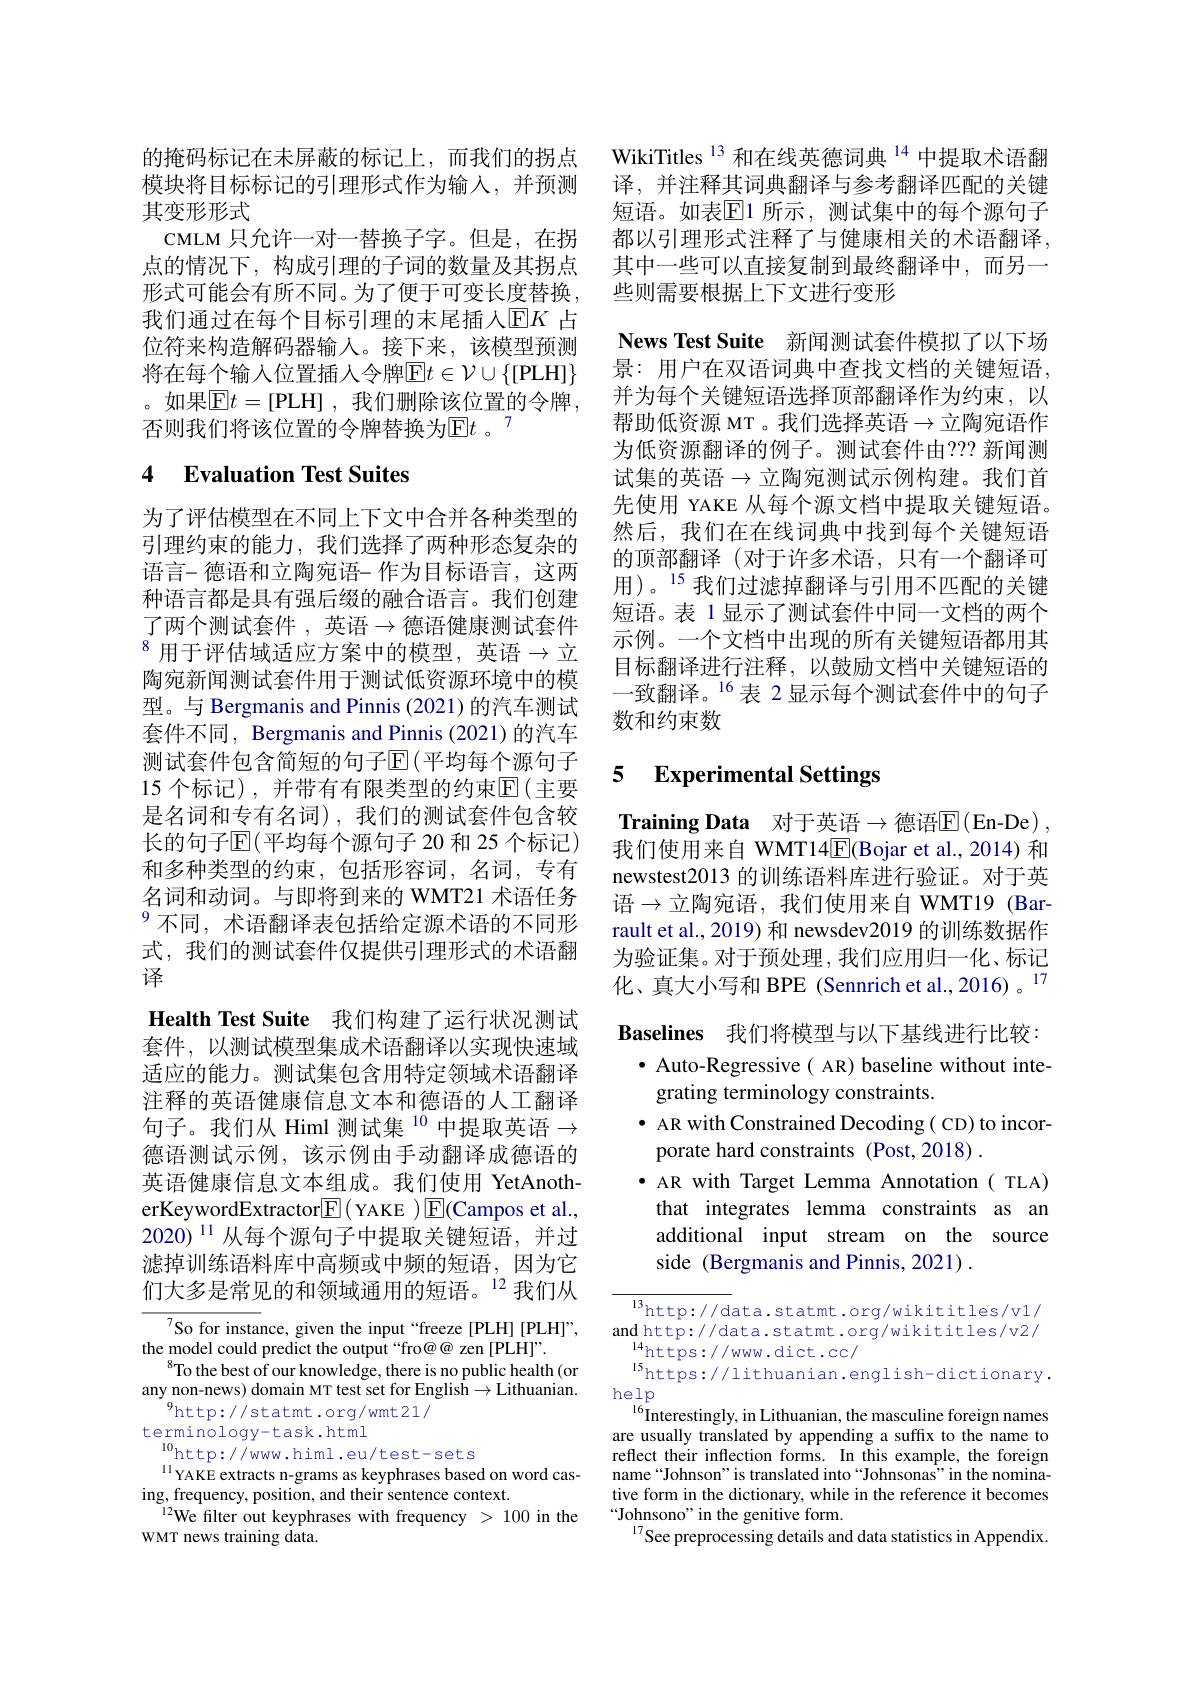
的掩码标记在未屏蔽的标记上，而我们的拐点模块将目标标记的引理形式作为输入，并预测其变形形式
CMLM 只允许一对一替换子字。但是，在拐点的情况下，构成引理的子词的数量及其拐点形式可能会有所不同。为了便于可变长度替换， 我们通过在每个目标引理的末尾插人$\operatorname{E}K$ 占位符来构造解码器输入。接下来，该模型预测将在每个输入位置插人令牌$\overline {\mathrm{E} }t\in \mathcal{V} \cup \{ [$PLH$]\}$ 。如果$\boxed{\mathrm{E}}t=[$PLH] ,我们删除该位置的令牌， 否则我们将该位置的令牌替换为$\operatorname{E}t$ 。7

## 4 Evaluation Test Suites

为了评估模型在不同上下文中合并各种类型的引理约束的能力，我们选择了两种形态复杂的语言- 德语和立陶宛语- 作为目标语言，这两种语言都是具有强后缀的融合语言。我们创建了两个测试套件 , 英语$\to$德语健康测试套件$^{8}$ 用于评估域适应方案中的模型，英语$\to$立陶宛新闻测试套件用于测试低资源环境中的模型。与 Bergmanis and Pinnis (2021) 的汽车测试套件不同，Bergmanis and Pinnis (2021) 的汽车测试套件包含简短的句子$\operatorname{\overline{E}}($平均每个源句子15 个标记),并带有有限类型的约束$\mathbb{E}($主要是名词和专有名词),我们的测试套件包含较长的句子$\mathsf{E}($平均每个源句子 20 和 25 个标记) 和多种类型的约束，包括形容词，名词，专有名词和动词。与即将到来的 WMT21 术语任务$^{9}$不同，术语翻译表包括给定源术语的不同形式，我们的测试套件仅提供引理形式的术语翻译
Health Test Suite 我们构建了运行状况测试套件，以测试模型集成术语翻译以实现快速域适应的能力。测试集包含用特定领域术语翻译注释的英语健康信息文本和德语的人工翻译句子。我们从 Himl 测试集 $^{10}$ 中提取英语$\to$ 德语测试示例，该示例由手动翻译成德语的英语健康信息文本组成。我们使用 YetAnotherKeywordExtractor$\boxed{\mathrm{F}}($YAKE $)\boxed{\mathrm{E}}($Campos et al., $2020)^{11}$从每个源句子中提取关键短语，并过滤掉训练语料库中高频或中频的短语，因为它们大多是常见的和领域通用的短语。$^{12}$我们从
So for instance, given the input“freeze[PLH][PLH]”,

the model could predict the output “fro@@ zen [PLH]”.
$^{8}$To the best of our knowledge, there is no public health(or any non-news) domain MT test set for English$\to$Lithuanian.
$^{9}$http://statmt.org/wmt21/
terminology-task.html
$^{10}$http://www.himl.eu/test-sets
$^{11}$YAKE extracts n-grams as keyphrases based on word cas-
ing, frequency, position, and their sentence context.
$^{12}$We filter out keyphrases with frequency > 100 in the
WMT news training data.

WikiTitles $^{13}$和在线英德词典$^{14}$中提取术语翻译，并注释其词典翻译与参考翻译匹配的关键短语。如表$\mathbb{E}$1 所示，测试集中的每个源句子都以引理形式注释了与健康相关的术语翻译， 其中一些可以直接复制到最终翻译中，而另一些则需要根据上下文进行变形

News Test Suite 新闻测试套件模拟了以下场景：用户在双语词典中查找文档的关键短语， 并为每个关键短语选择顶部翻译作为约束，以帮助低资源 MT 。我们选择英语$\to$立陶宛语作为低资源翻译的例子。测试套件由？?? 新闻测试集的英语$\to$立陶宛测试示例构建。我们首先使用 YAKE 从每个源文档中提取关键短语。然后，我们在在线词典中找到每个关键短语的顶部翻译(对于许多术语，只有一个翻译可用)。$^{15}$我们过滤掉翻译与引用不匹配的关键短语。表 1 显示了测试套件中同一文档的两个示例。一个文档中出现的所有关键短语都用其目标翻译进行注释，以鼓励文档中关键短语的一致翻译。$^{16}$表 2显示每个测试套件中的句子数和约束数

### 5 $\textbf{Experimental Settings}$

$\textbf{Training Data}$ 对于英语$\to$德语$\mathbb{E}($En-De), 我们使用来自 WMT14$\boxed{\mathrm{E}}$(Bojar et al.,2014) 和newstest2013 的训练语料库进行验证。对于英语$\to$立陶宛语，我们使用来自 WMT19(Barrault et al., 2019) 和 newsdev2019 的训练数据作为验证集。对于预处理，我们应用归一化、标记化、真大小写和 BPE (Sennrich et al., 2016) 。$^{17}$ Baselines 我们将模型与以下基线进行比较：
$\bullet$ Auto-Regressive( AR) baseline without inte-
grating terminology constraints.
$\bullet$ AR with Constrained Decoding( CD) to incor-
porate hard constraints (Post,2018)
· AR with Target Lemma Annotation( TLA) that integrates lemma constraints as an additional input stream on the source side (Bergmanis and Pinnis, 2021) .

${\frac{13}{\mathrm{http://data.statmt.org/wikititles/v1/}}}$ and http: / / data. statmt. org/ wikititles/ v2/
l5https: / / lithuanian. english- dictionary.
help
$^{16}$Interestingly, in Lithuanian, the masculine foreign names are usually translated by appending a suffix to the name to reflect their inflection forms. In this example, the foreign name“Johnson”is translated into“Johnsonas”in the nominative form in the dictionary, while in the reference it becomes $“$Johnsono" in the genitive form.
$^{17}$See preprocessing details and data statistics in Appendix